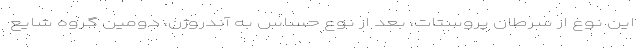
این نوع از سرطان پروستات، بعد از نوع حساس به آندروژن، دومین گروه شایع